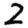
Digit: 2